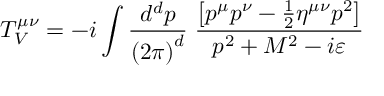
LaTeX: T _ { V } ^ { \mu \nu } = - i \int \frac { d ^ { d } p } { \left( 2 \pi \right) ^ { d } } \; \frac { \left[ p ^ { \mu } p ^ { \nu } - \frac 1 2 \eta ^ { \mu \nu } p ^ { 2 } \right] } { p ^ { 2 } + M ^ { 2 } - i \varepsilon }